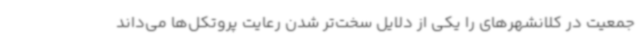
جمعیت در کلانشهرهای را یکی از دلایل سخت‌تر شدن رعایت پروتکل‌ها می‌داند